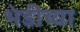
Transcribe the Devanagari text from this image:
भेडीच्या